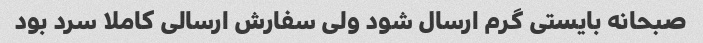
صبحانه بایستی گرم ارسال شود ولی سفارش ارسالی کاملا سرد بود